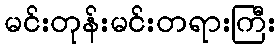
မင်းတုန်းမင်းတရားကြီး